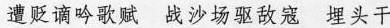
遭贬谪吟歌赋 战沙场驱敌寇 埋头干